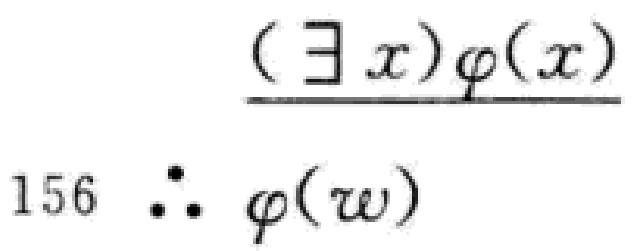
\[
\frac{(\exists x)\varphi(x)}{156\ \therefore\ \varphi(w)}
\]